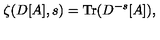
\zeta ( D [ A ] , s ) = \mathrm { T r } ( D ^ { - s } [ A ] ) ,